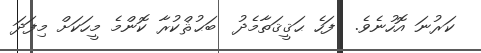
ކަރުނަ އޮހުނެވެ.  ފަހެ ޙަޤީޤަތާމެދު  ބަޙުޘްކުރާ ކޮންމެ މީހަކަށް މިފަދަ